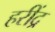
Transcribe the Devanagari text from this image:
हरींद्र